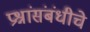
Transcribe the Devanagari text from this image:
प्रश्नांसंबंधीचे